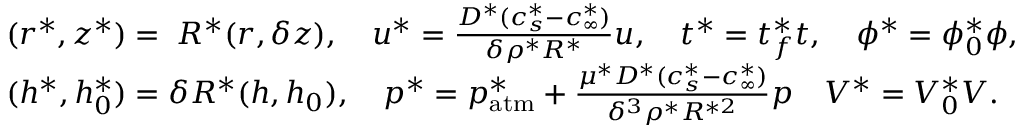
\begin{array} { r l } & { ( r ^ { * } , z ^ { * } ) = \; R ^ { * } ( r , \delta z ) , \quad u ^ { * } = \frac { D ^ { * } ( c _ { s } ^ { * } - c _ { \infty } ^ { * } ) } { \delta \rho ^ { * } R ^ { * } } u , \quad t ^ { * } = t _ { f } ^ { * } t , \quad \phi ^ { * } = \phi _ { 0 } ^ { * } \phi , } \\ & { ( h ^ { * } , h _ { 0 } ^ { * } ) = \delta R ^ { * } ( h , h _ { 0 } ) , \quad p ^ { * } = p _ { \mathrm { a t m } } ^ { * } + \frac { \mu ^ { * } D ^ { * } ( c _ { s } ^ { * } - c _ { \infty } ^ { * } ) } { \delta ^ { 3 } \rho ^ { * } R ^ { * 2 } } p \quad V ^ { * } = V _ { 0 } ^ { * } V . } \end{array}